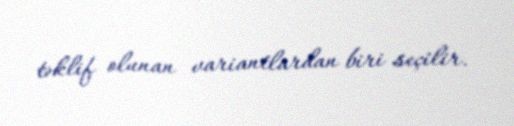
təklif olunan variantlardan biri seçilir.